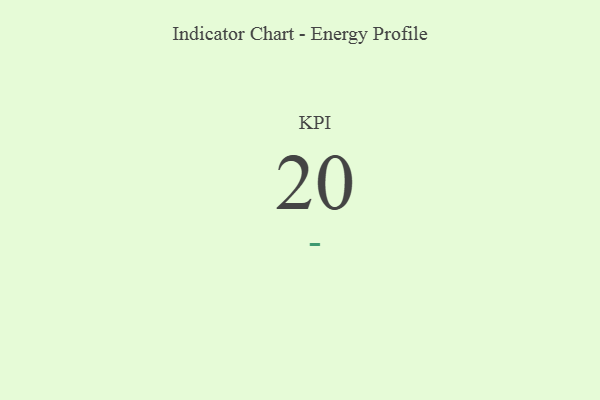
{"axis": {"x": "KPI", "y": "Value"}, "legend": [""], "data": [{"x": "KPI", "y": 20, "type": ""}]}